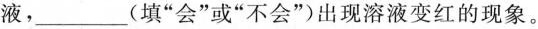
液，_________(填”会”或”不会”)出现溶液变红的现象。